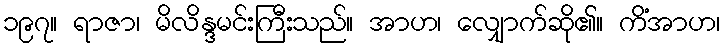
၁၉၇။ ရာဇာ၊ မိလိန္ဒမင်းကြီးသည်။ အာဟ၊ လျှောက်ဆို၏။ ကိံအာဟ၊